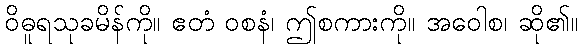
ဝိဓူရသုခမိန်ကို။ ဧတံ ဝစနံ၊ ဤစကားကို။ အဝေါစ၊ ဆို၏။